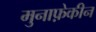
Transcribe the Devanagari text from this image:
मुनाफ़ेकीन